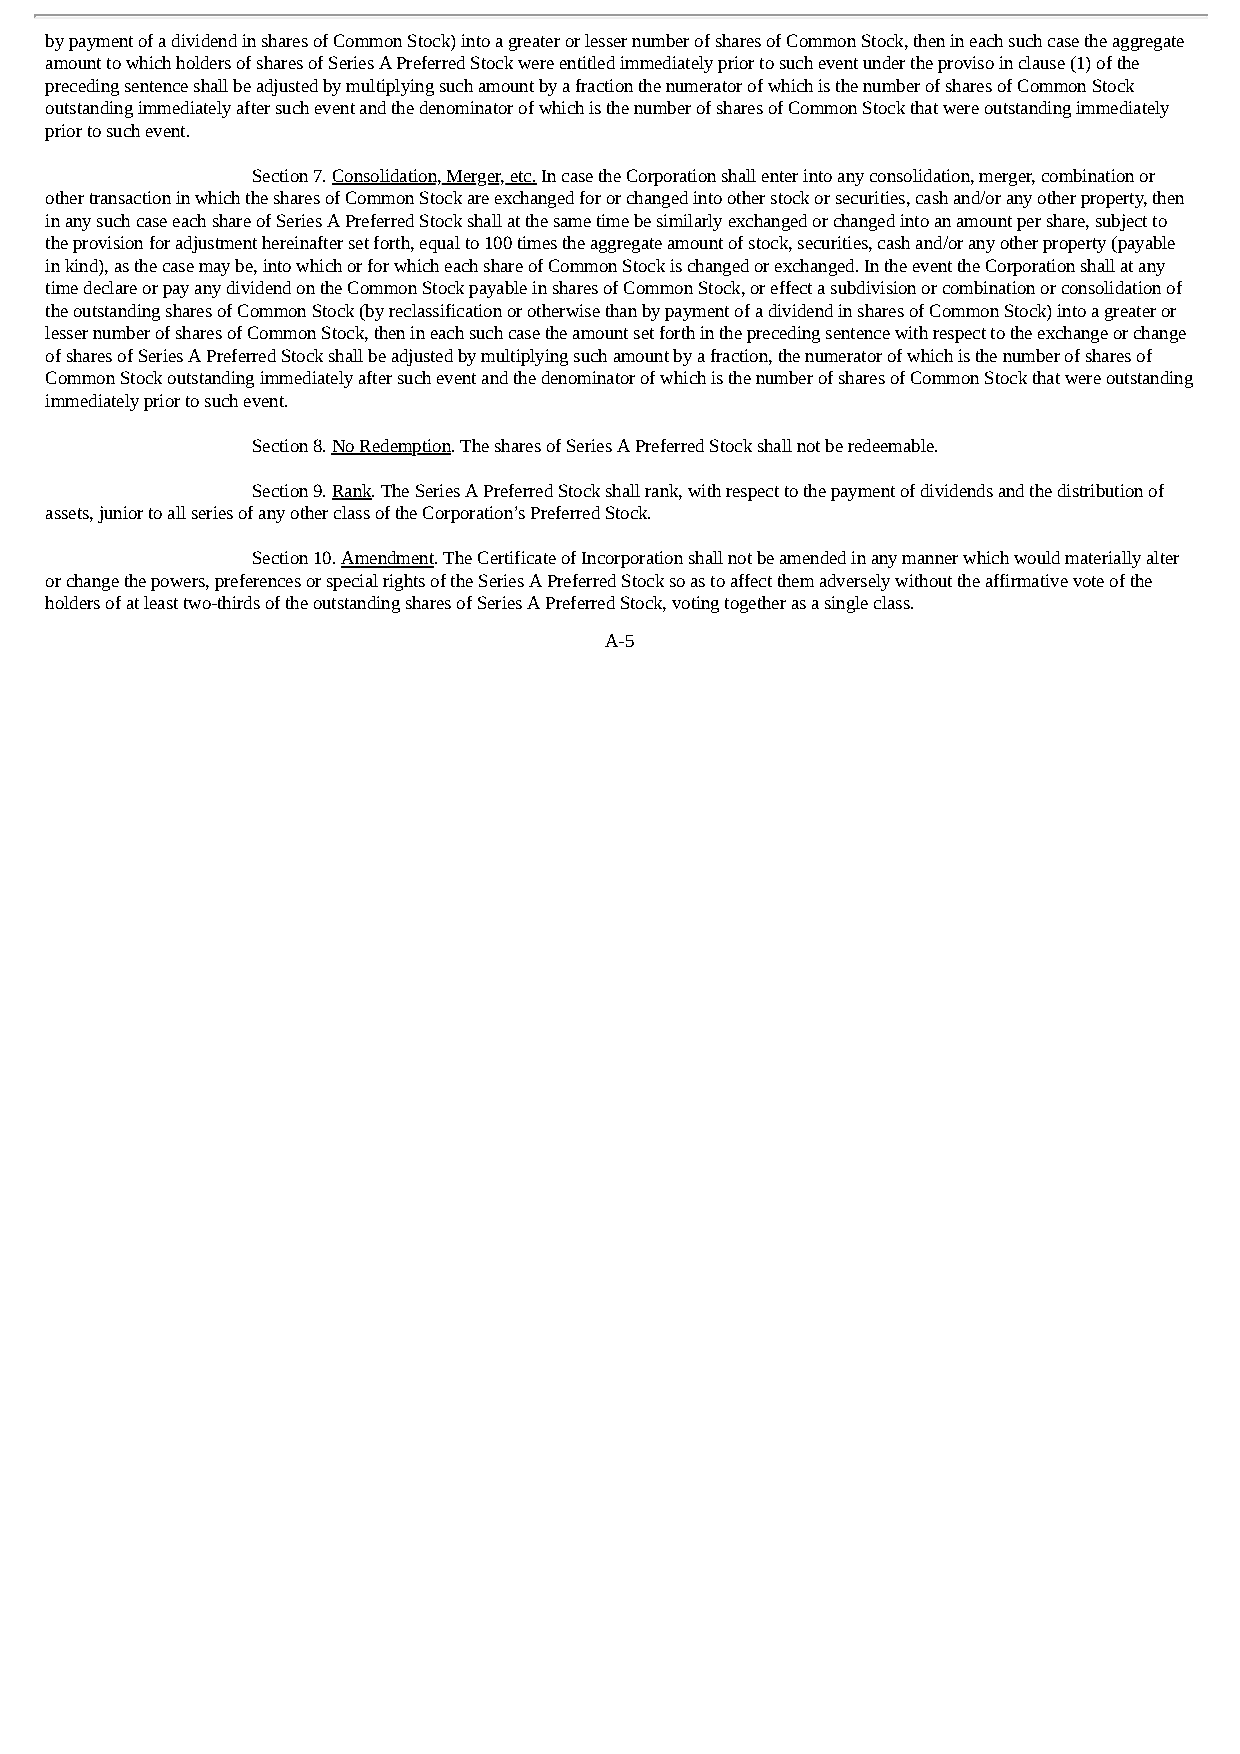
by payment of a dividend in shares of Common Stock) into a greater or lesser number of shares of Common Stock, then in each such case the aggregate
 amount to which holders of shares of Series A Preferred Stock were entitled immediately prior to such event under the proviso in clause (1) of the
 preceding sentence shall be adjusted by multiplying such amount by a fraction the numerator of which is the number of shares of Common Stock
 outstanding immediately after such event and the denominator of which is the number of shares of Common Stock that were outstanding immediately
 prior to such event.
 Section 7. Consolidation, Merger, etc. In case the Corporation shall enter into any consolidation, merger, combination or
 other transaction in which the shares of Common Stock are exchanged for or changed into other stock or securities, cash and/or any other property, then
 in any such case each share of Series A Preferred Stock shall at the same time be similarly exchanged or changed into an amount per share, subject to
 the provision for adjustment hereinafter set forth, equal to 100 times the aggregate amount of stock, securities, cash and/or any other property (payable
 in kind), as the case may be, into which or for which each share of Common Stock is changed or exchanged. In the event the Corporation shall at any
 time declare or pay any dividend on the Common Stock payable in shares of Common Stock, or effect a subdivision or combination or consolidation of
 the outstanding shares of Common Stock (by reclassification or otherwise than by payment of a dividend in shares of Common Stock) into a greater or
 lesser number of shares of Common Stock, then in each such case the amount set forth in the preceding sentence with respect to the exchange or change
 of shares of Series A Preferred Stock shall be adjusted by multiplying such amount by a fraction, the numerator of which is the number of shares of
 Common Stock outstanding immediately after such event and the denominator of which is the number of shares of Common Stock that were outstanding
 immediately prior to such event.
 Section 8. No Redemption. The shares of Series A Preferred Stock shall not be redeemable.
 Section 9. Rank. The Series A Preferred Stock shall rank, with respect to the payment of dividends and the distribution of
 assets, junior to all series of any other class of the Corporation’s Preferred Stock.
 Section 10. Amendment. The Certificate of Incorporation shall not be amended in any manner which would materially alter
 or change the powers, preferences or special rights of the Series A Preferred Stock so as to affect them adversely without the affirmative vote of the
 holders of at least two-thirds of the outstanding shares of Series A Preferred Stock, voting together as a single class.
 A-5